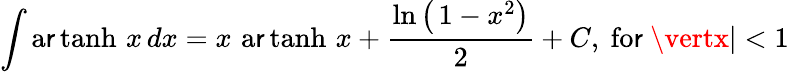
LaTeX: \int\operatorname{a\mathsf{r}tanh}\, x\, dx=x\, \operatorname{a\mathsf{r}tanh}\, x+{\frac{{\ln\left(\, 1-x^{2}\right)}}{{2}}}+C,{\mathrm{{~fo\mathsf{r}~}}}\vertx\vert<1